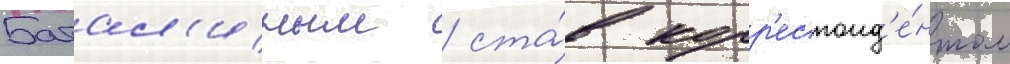
Батал'иным / ста́в корр'еспонд'е́нтом